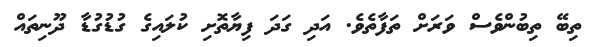
ތިބޭ ތިބުންވެސް ވަރަށް ތަފާތެވެ. އަދި ގަދަ ފިޔާތޮށި ކުލައިގެ ގުޑުގުޑާ ދޫނިތައް